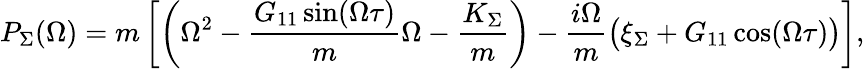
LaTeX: P_{\Sigma}(\Omega)=m\left[\left(\Omega^{2}-\frac{G_{11}\sin(\Omega\tau)}{m}\Omega-\frac{K_{\Sigma}}{m}\right)-\frac{i\Omega}{m}\big(\xi_{\Sigma}+G_{11}\cos(\Omega\tau)\big)\right],